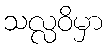
သလ္လဝိမှာ